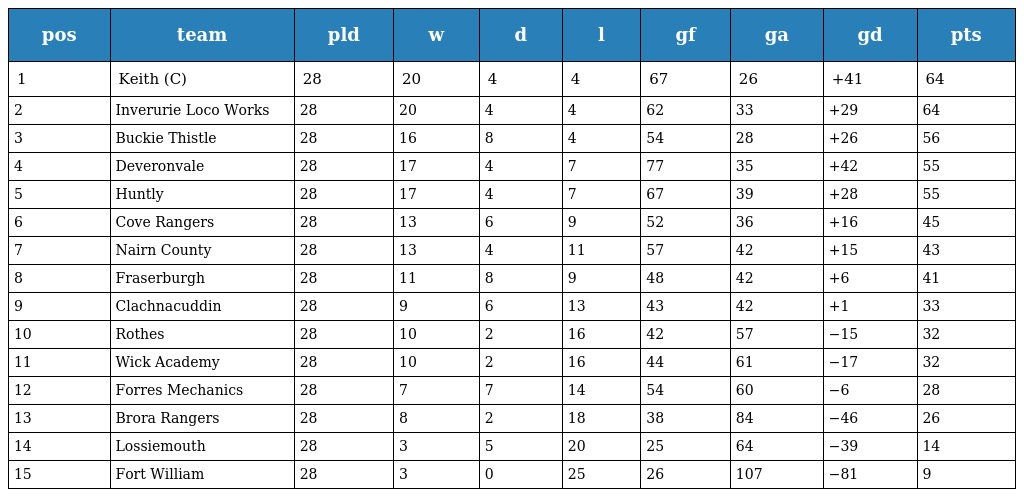
| pos | team | pld | w | d | l | gf | ga | gd | pts |
 | --- | --- | --- | --- | --- | --- | --- | --- | --- | --- |
 | 1 | Keith (C) | 28 | 20 | 4 | 4 | 67 | 26 | +41 | 64 |
 | 2 | Inverurie Loco Works | 28 | 20 | 4 | 4 | 62 | 33 | +29 | 64 |
 | 3 | Buckie Thistle | 28 | 16 | 8 | 4 | 54 | 28 | +26 | 56 |
 | 4 | Deveronvale | 28 | 17 | 4 | 7 | 77 | 35 | +42 | 55 |
 | 5 | Huntly | 28 | 17 | 4 | 7 | 67 | 39 | +28 | 55 |
 | 6 | Cove Rangers | 28 | 13 | 6 | 9 | 52 | 36 | +16 | 45 |
 | 7 | Nairn County | 28 | 13 | 4 | 11 | 57 | 42 | +15 | 43 |
 | 8 | Fraserburgh | 28 | 11 | 8 | 9 | 48 | 42 | +6 | 41 |
 | 9 | Clachnacuddin | 28 | 9 | 6 | 13 | 43 | 42 | +1 | 33 |
 | 10 | Rothes | 28 | 10 | 2 | 16 | 42 | 57 | −15 | 32 |
 | 11 | Wick Academy | 28 | 10 | 2 | 16 | 44 | 61 | −17 | 32 |
 | 12 | Forres Mechanics | 28 | 7 | 7 | 14 | 54 | 60 | −6 | 28 |
 | 13 | Brora Rangers | 28 | 8 | 2 | 18 | 38 | 84 | −46 | 26 |
 | 14 | Lossiemouth | 28 | 3 | 5 | 20 | 25 | 64 | −39 | 14 |
 | 15 | Fort William | 28 | 3 | 0 | 25 | 26 | 107 | −81 | 9 |